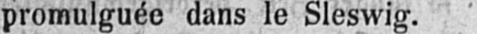
promulguée dans le Sleswig.